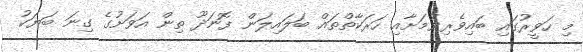
މި ހަވީރުގައި ބައިވެރިވުމަށާއި ހަރަކާތްތައް ބަލައިލަން ފޮނަދޫ ތިން އަވަށުގެ ގިނަ ބަޔަކު